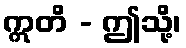
ဣတိ - ဤသို့၊